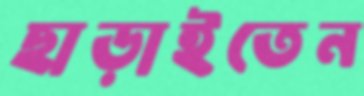
ছাড়াইতেন